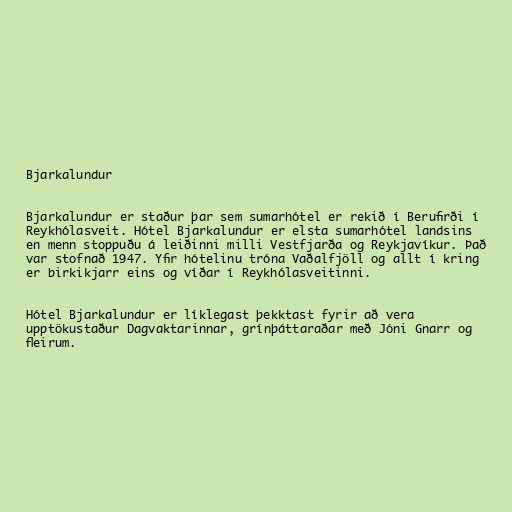
Bjarkalundur

Bjarkalundur er staður þar sem sumarhótel er rekið í Berufirði í
Reykhólasveit. Hótel Bjarkalundur er elsta sumarhótel landsins
en menn stoppuðu á leiðinni milli Vestfjarða og Reykjavíkur. Það
var stofnað 1947. Yfir hótelinu tróna Vaðalfjöll og allt í kring
er birkikjarr eins og víðar í Reykhólasveitinni.

Hótel Bjarkalundur er líklegast þekktast fyrir að vera
upptökustaður Dagvaktarinnar, grínþáttaraðar með Jóni Gnarr og
fleirum.